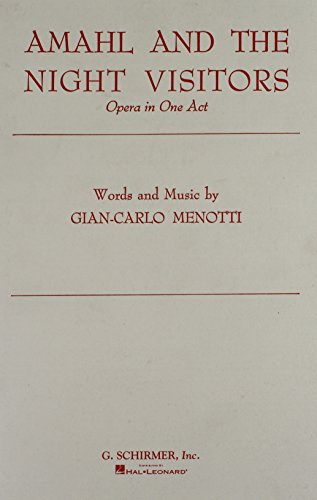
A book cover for Amahl and the Night Visitors: Chorus Parts; Literature & Fiction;